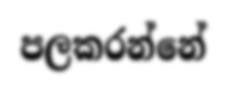
පලකරන්නේ